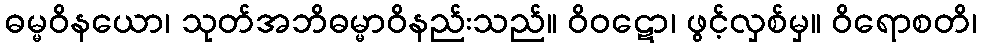
ဓမ္မဝိနယော၊ သုတ်အဘိဓမ္မာဝိနည်းသည်။ ဝိဝဋော၊ ဖွင့်လှစ်မှ။ ဝိရောစတိ၊